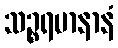
သဉ္စရမာနာနံ